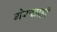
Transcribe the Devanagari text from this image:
गेरुचाही